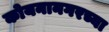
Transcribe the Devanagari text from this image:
कोयनानगरच्या